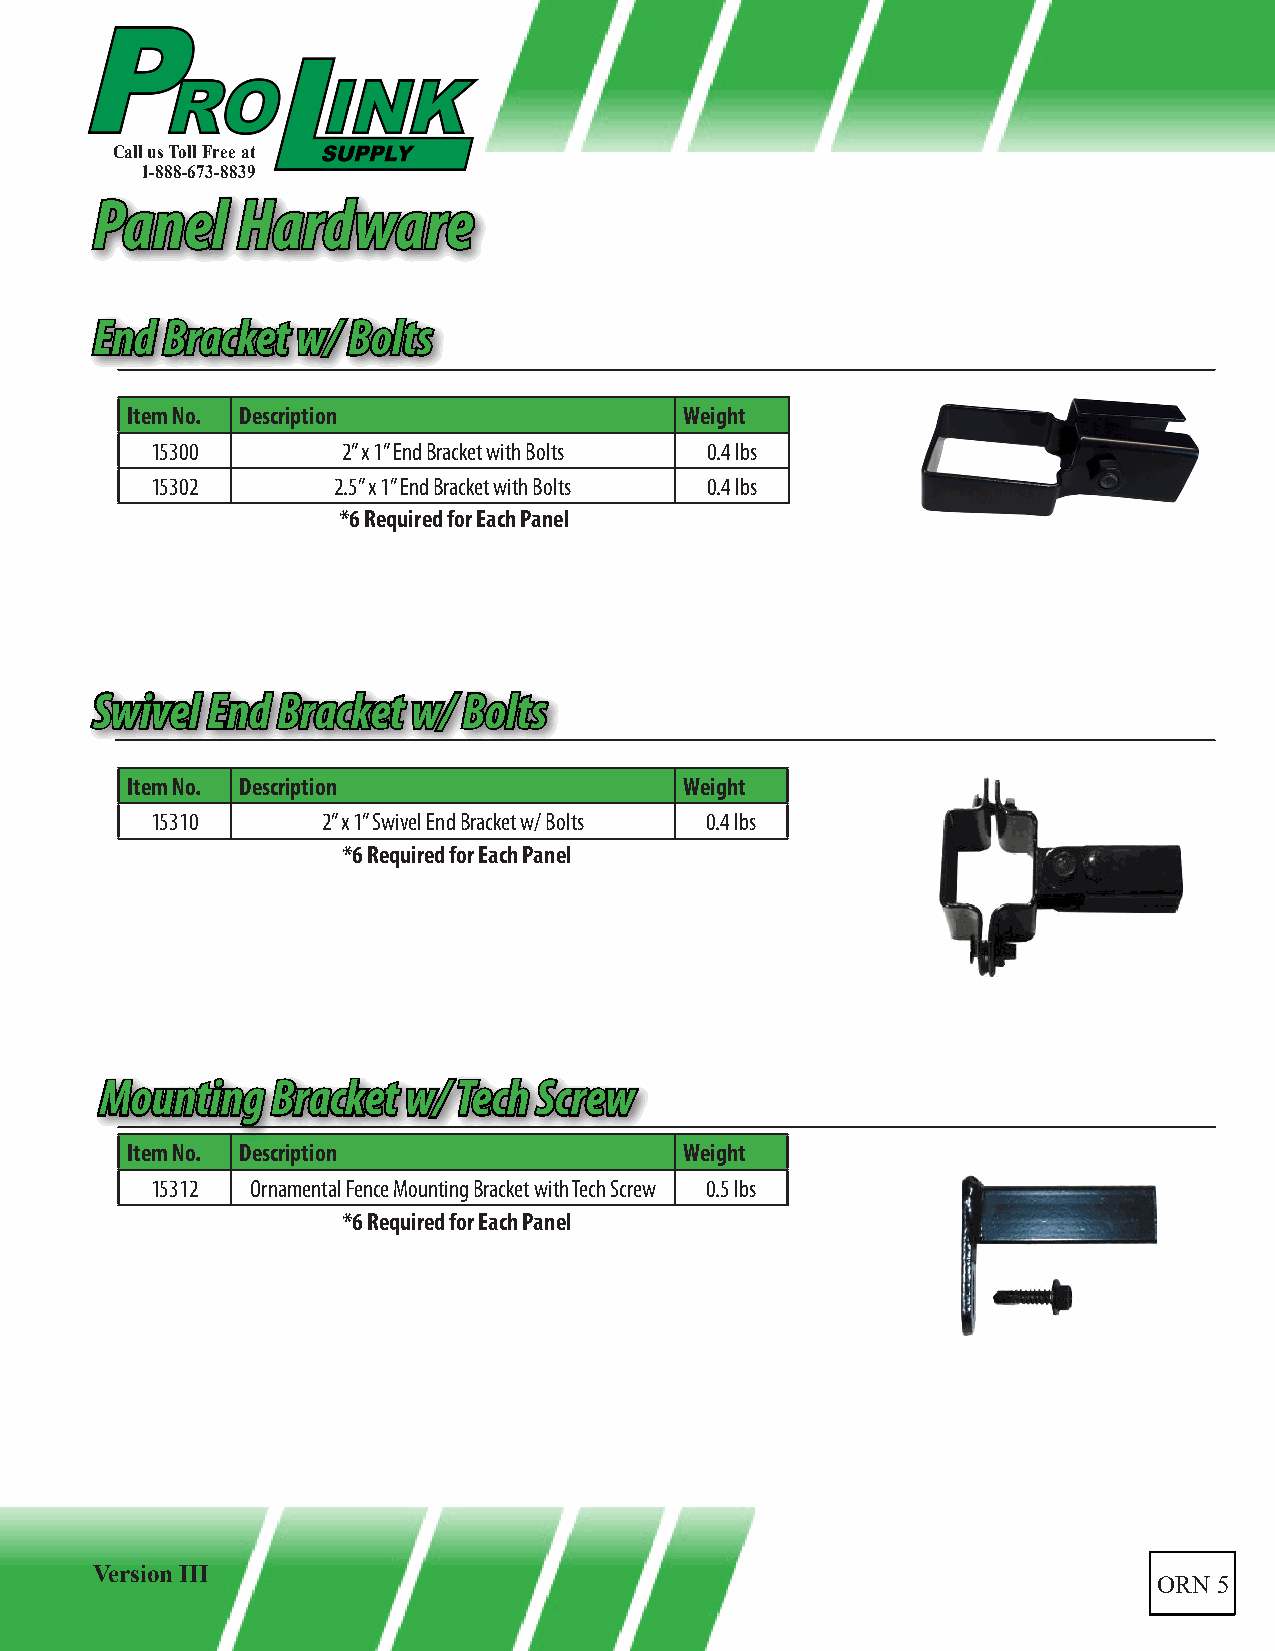
Call us Toll Free at
 1-888-673-8839
 PPaanneell HHaarrddwwaarree
 EEnndd BBrraacckkeett ww// BBoollttss
 Item No. Description                 Weight
 15300        2” x 1” End Bracket with Bolts 0.4 lbs
 15302       2.5” x 1” End Bracket with Bolts 0.4 lbs
 *6 Required for Each Panel
 SSwwiivveell EEnndd BBrraacckkeett ww// BBoollttss
 Item No. Description                 Weight
 15310      2” x 1” Swivel End Bracket w/ Bolts 0.4 lbs
 *6 Required for Each Panel
 MMoouunnttiinngg BBrraacckkeett ww// TTeecchh SSccrreeww
 Item No. Description                 Weight
 15312  Ornamental Fence Mounting Bracket with Tech Screw 0.5 lbs
 *6 Required for Each Panel
 Version III
 ORN 5